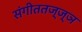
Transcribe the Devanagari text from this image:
संगीततज्ज्ञ